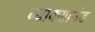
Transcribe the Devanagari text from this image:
ब्याकग्राउंड